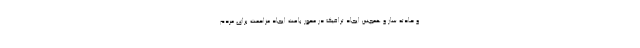
و حادثه ساز و همچنین ایجاد ترافیک در محور باعث ایجاد مزاحمت برای مردم